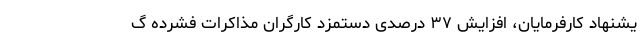
یشنهاد کارفرمایان، افزایش ۳۷ درصدی دستمزد کارگران مذاکرات فشرده گ